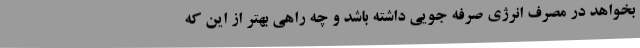
بخواهد در مصرف انرژی صرفه جویی داشته باشد و چه راهی بهتر از این که